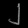
Digit: ၂